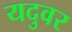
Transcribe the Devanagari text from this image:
यदुवर